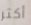
أكثر